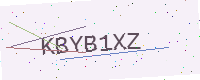
Text: KBYB1XZ